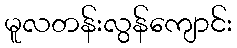
မူလတန်းလွန်ကျောင်း